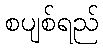
စပျစ်ရည်